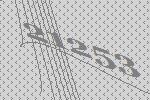
21253